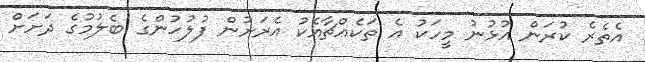
އެތެރެ ކުރަން އުޅުނު މީހަކު އެ ތަކެއްޗާއެކު އެރަށުން ފުލުހުންގެ ބެލުމުގެ ދަށަށް